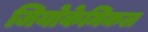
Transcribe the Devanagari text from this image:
जियोकेमिकल